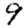
Digit: 9